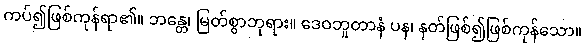
ကပ်၍ဖြစ်ကုန်ရာ၏။ ဘန္တေ၊ မြတ်စွာဘုရား။ ဒေဝဘူတာနံ ပန၊ နတ်ဖြစ်၍ဖြစ်ကုန်သော။